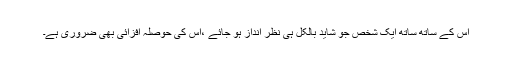
اس کے ساتھ ساتھ ایک شخص جو شاید بالکل ہی نظر انداز ہو جائے ،اس کی حوصلہ افزائی بھی ضروری ہے۔